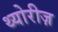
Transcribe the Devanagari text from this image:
थ्योरीज़